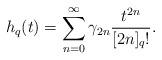
LaTeX: \begin{align*}h_q(t)=\sum_{n=0}^\infty \gamma_{2n} \frac{t^{2n}}{[2n]_q!}.\end{align*}